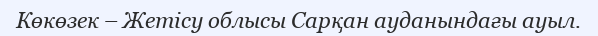
Көкөзек – Жетісу облысы Сарқан ауданындағы ауыл.